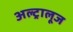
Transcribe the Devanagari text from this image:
अल्ट्रालूज